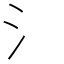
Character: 氵